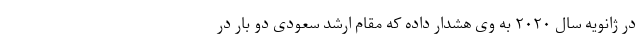
در ژانویه سال ۲۰۲۰ به وی هشدار داده که مقام ارشد سعودی دو بار در